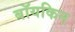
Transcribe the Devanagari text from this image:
बॉयकिन